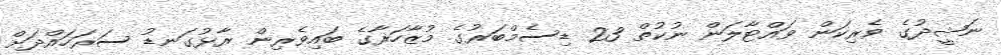
ނަޝީދުގެ ވެރިކަން ވައްޓާލަން ނުކުތް 23 ޑިސެމްބަރުގެ މުޒާހަރާގެ ބައިވެރިން ރާޅުގަނޑު ސަރަހައްދަށް